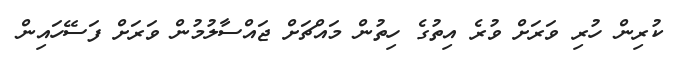
ކުރިން ހުރި ވަރަށް ވުރެ އިތުގެ ހިތުން މައްޗަށް ޖައްސާލުމުން ވަރަށް ފަސޭހައިން